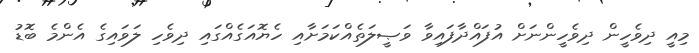
މިއީ ދިވެހީން ދިވެހީންނަށް އުފައްދާފައިވާ ވަޞީލަތެއްކަމަށާއި ހެޔޮއަގެއްގައި ދިވެހި ލަވައިގެ އެންމެ ބޮޑު